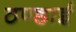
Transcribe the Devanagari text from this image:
ठण्डाई